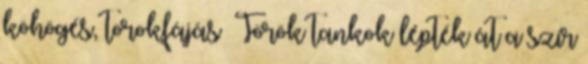
köhögés, torokfájás Török tankok lépték át a szír